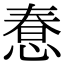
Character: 惷